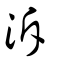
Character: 泝